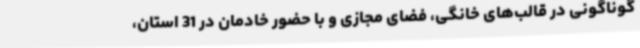
گوناگونی در قالب‌های خانگی، فضای مجازی و با حضور خادمان در 31 استان،